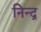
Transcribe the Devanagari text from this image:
निन्द्र